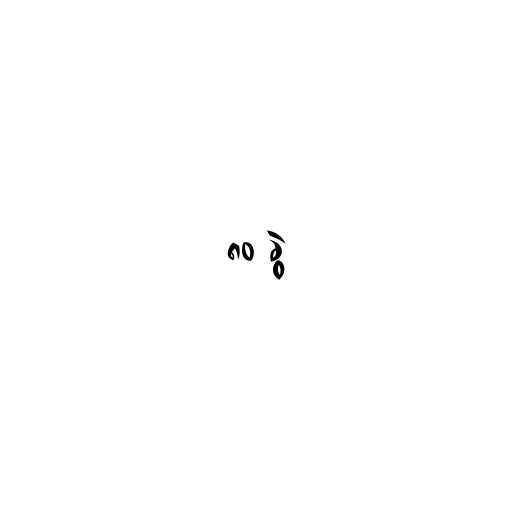
၈၀ ခွဲ